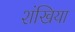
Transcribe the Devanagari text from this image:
शंखिया